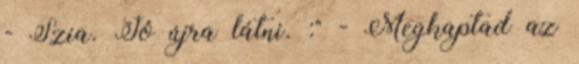
- Szia. Jó újra látni. :" - Megkaptad az